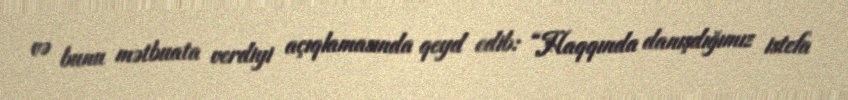
və bunu mətbuata verdiyi açıqlamasında qeyd edib: “Haqqında danışdığımız istefa